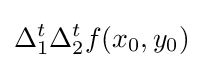
\Delta _{1}^{t}\Delta _{2}^{t}f(x_{0},y_{0})